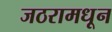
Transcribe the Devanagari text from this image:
जठरामधून